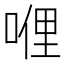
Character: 𠸨